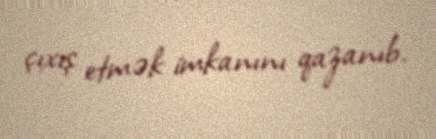
çıxış etmək imkanını qazanıb.